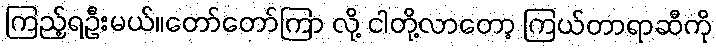
ကြည့်ရဦးမယ်။တော်တော်ကြာ လို့ ငါတို့လာတော့ ကြယ်တာရာဆီကို